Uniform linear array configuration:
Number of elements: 16
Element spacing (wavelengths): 0.75
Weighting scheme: hamming
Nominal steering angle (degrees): -15
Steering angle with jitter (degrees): -13.398
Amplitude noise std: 0.05
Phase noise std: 0.05

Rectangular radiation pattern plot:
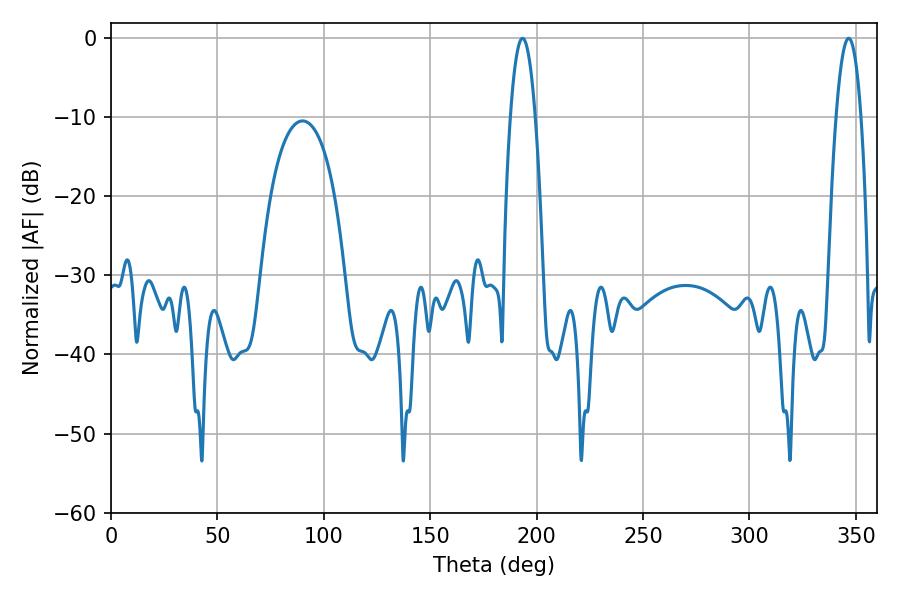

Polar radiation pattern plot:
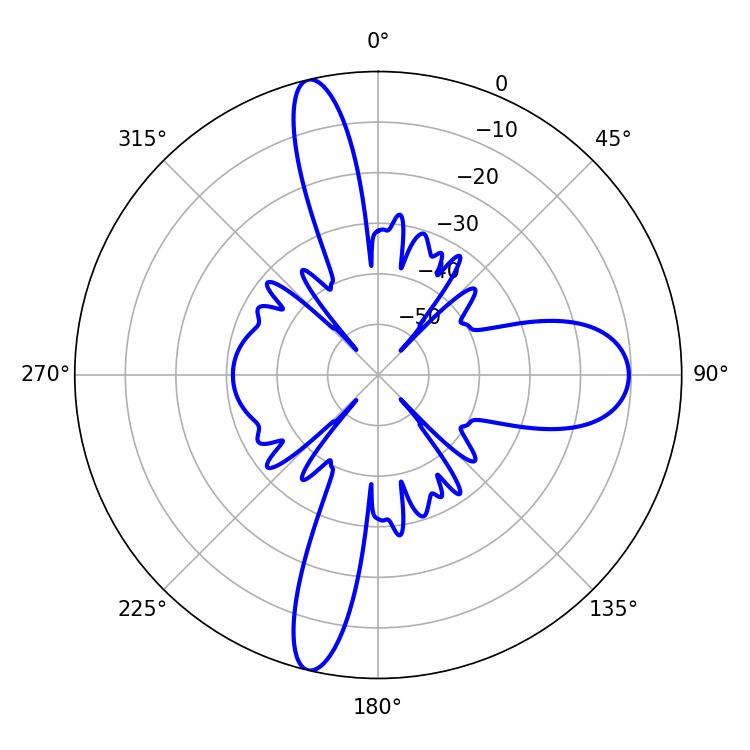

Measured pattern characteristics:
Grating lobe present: TRUE
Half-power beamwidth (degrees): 6.3
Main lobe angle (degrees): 193.32